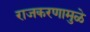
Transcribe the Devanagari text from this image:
राजकरणामुळे